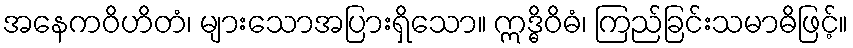
အနေကဝိဟိတံ၊ များသောအပြားရှိသော။ ဣဒ္ဓိဝိဓံ၊ ကြည်ခြင်းသမာဓိဖြင့်။